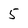
Character: 5